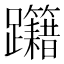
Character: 𨈁